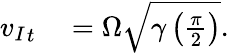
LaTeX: \begin{array}{rl}{{v_{I}}_{t}}&{{}=\Omega\sqrt{\gamma\left(\frac{\pi}{2}\right)}.}\end{array}